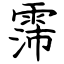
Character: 霈